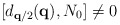
\begin{align*}[d_{ {\bf{q}}/2 }({\bf{q}}), N_{0}] \neq 0\end{align*}